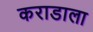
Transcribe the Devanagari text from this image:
कराडाला